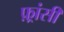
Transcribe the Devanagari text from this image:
फ़्रांसी